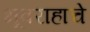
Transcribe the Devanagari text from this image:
भूवराहाचे